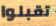
تقبلوا